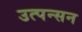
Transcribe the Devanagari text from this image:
उत्पन्सन